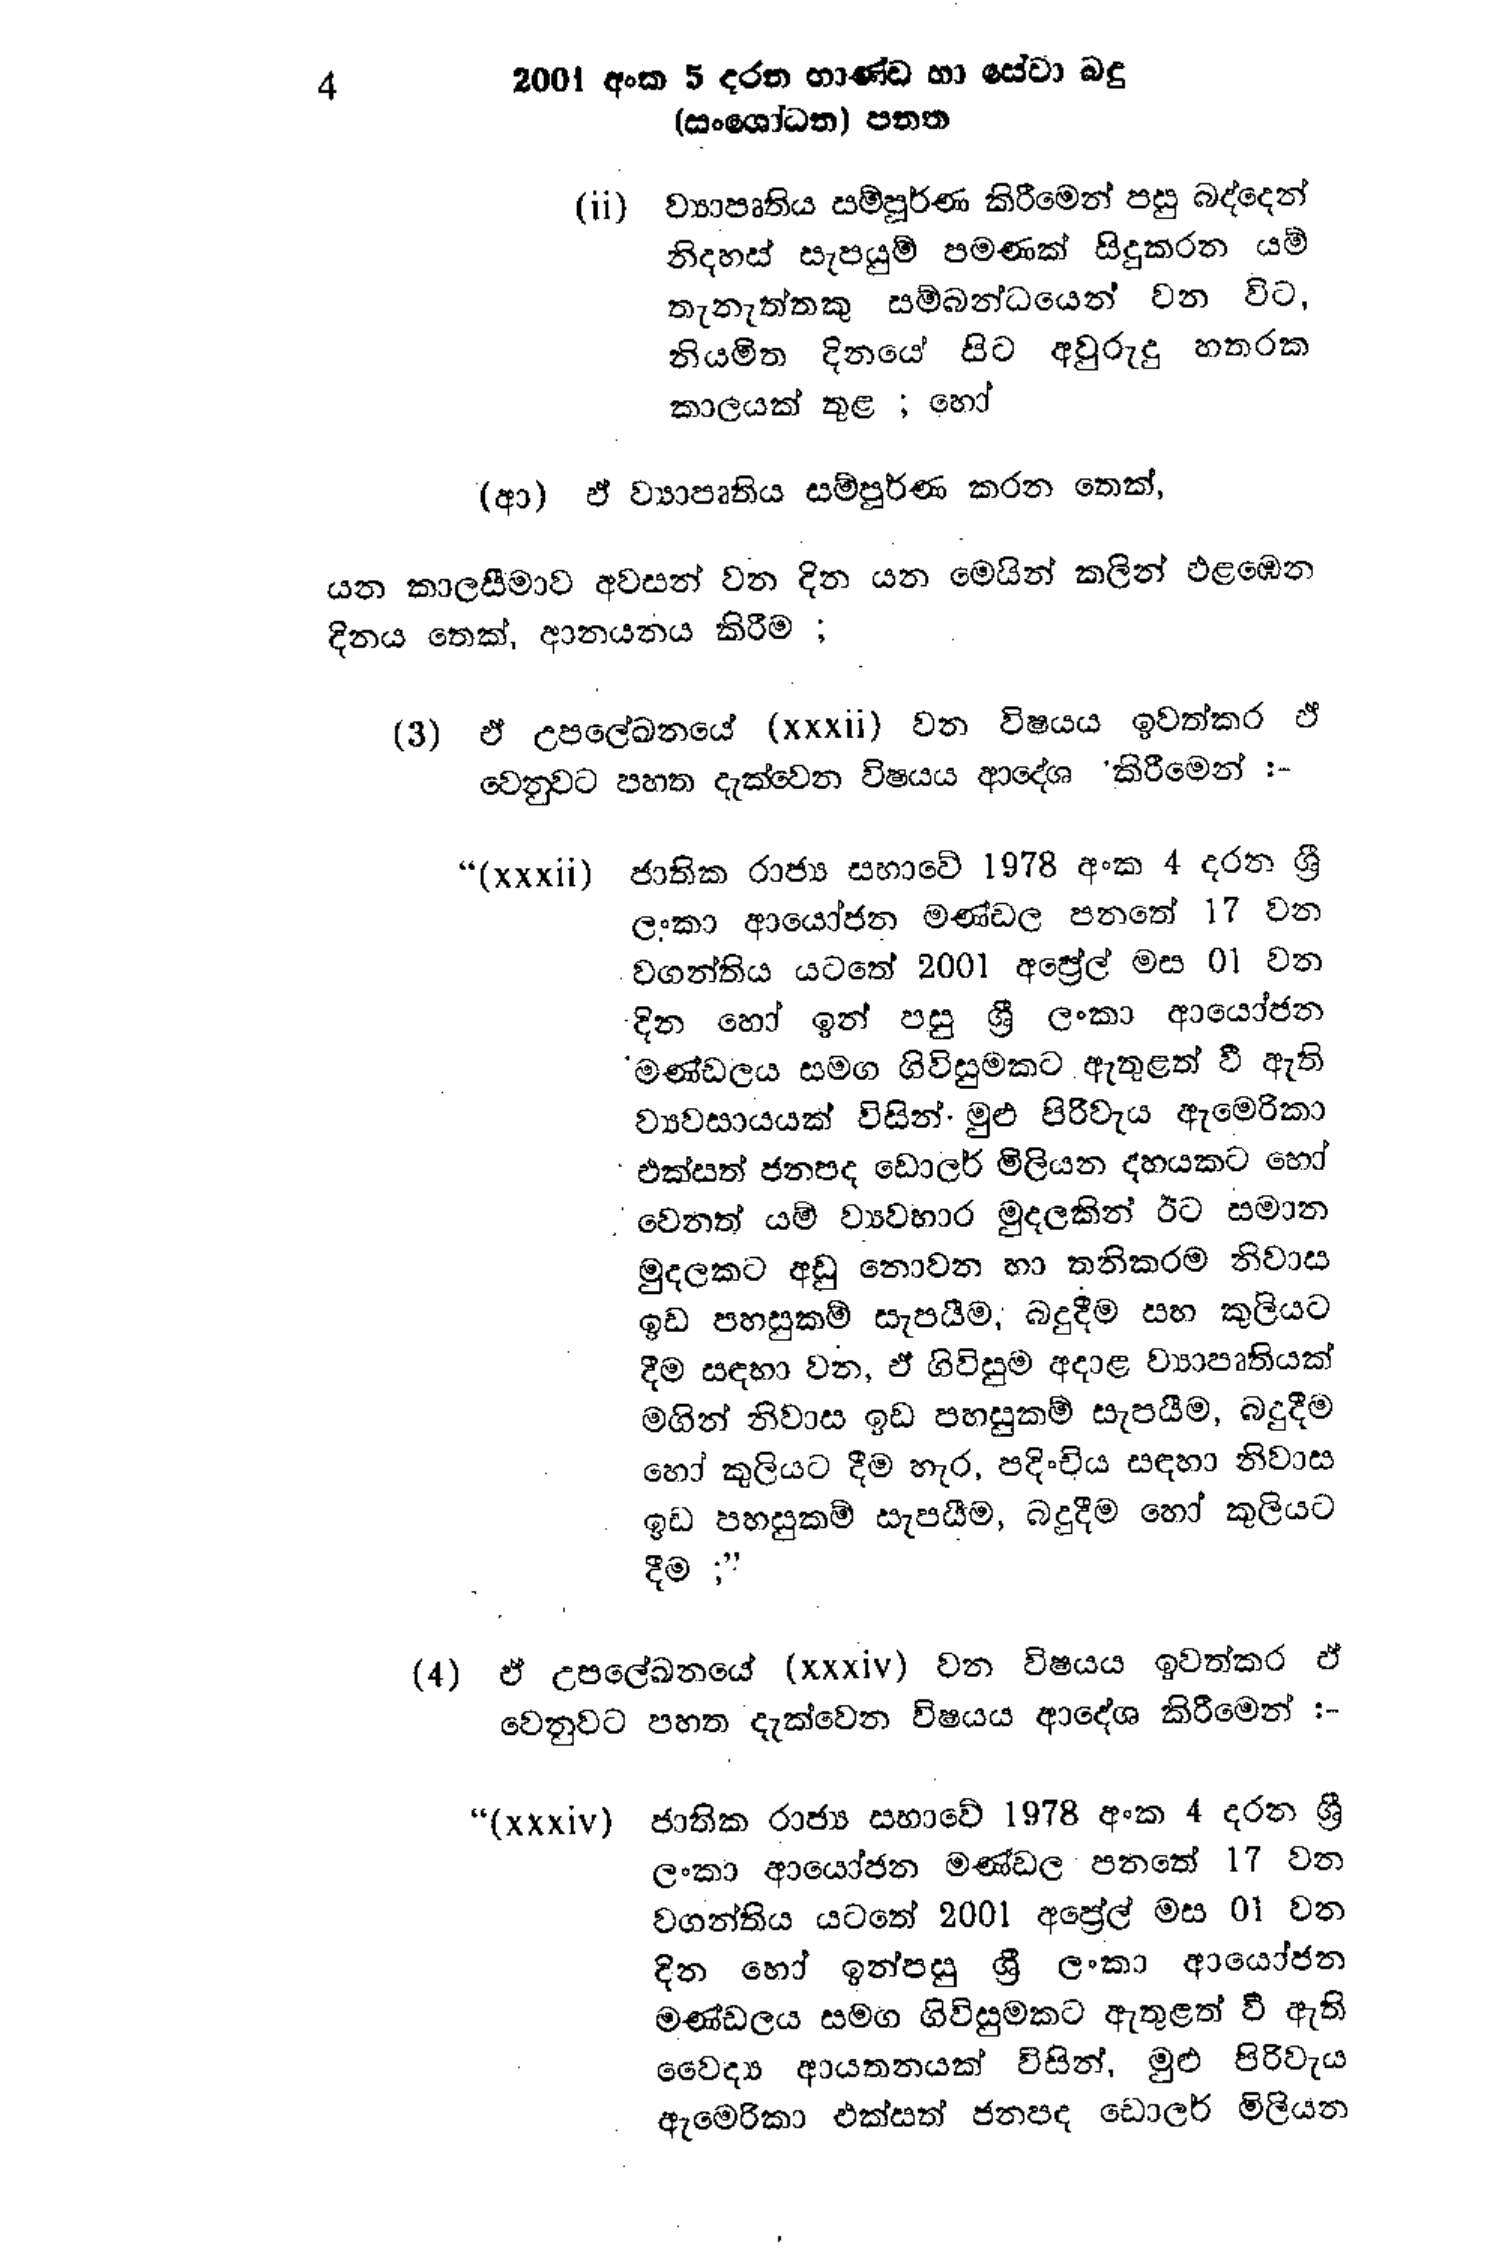
4 2001 අංක 5 දරන භාණ්ඩ හා සේවා බදු
(සංශෝධන) පනත

(ii) ව්‍යාපෘතිය සම්පුර්ණ කිරීමෙන් පසු බද්දෙන්
නිදහස් සැපයුම් පමණක් සිදුකරන යම්
තැනැත්තකු සම්බන්ධයෙන් වන විට,
නියමිත දිනයේ සිට අවුරුදු හතරක
කාලයක් තුළ ; හෝ

(ආ) ඒ ව්‍යාපෘතිය සම්පූර්ණ කරන තෙක්,

යන කාලසීමාව අවසන් වන දින යන මෙයින් කලින් එළඹෙන
දිනය තෙක්, ආනයනය කිරීම ;

(3) ඒ උපලේඛනයේ (xxxii) වන විෂයය ඉවත් කර ඒ
වෙනුවට පහත දැක්වෙන විෂයය ආදේශ කිරීමෙන් :-

“ (xxxii) ජාතික රාජ්‍ය සභාවේ 1978 අංක 4 දරන ශ්‍රී
ලංකා ආයෝජන මණ්ඩල පනතේ 17 වන
වගන්තිය යටතේ 2001 අප්‍රේල් මස 01 වන
දින හෝ ඉන් පසු ශ්‍රී ලංකා ආයෝජන
මණ්ඩලය සමග ගිවිසුමකට ඇතුළත් වී ඇති
ව්‍යවසායයක් විසින් මුළු පිරිවැය ඇමෙරිකා
· එක්සත් ජනපද ඩොලර් මිලියන දහයකට හෝ
වෙනත් යම් ව්‍යවහාර මුදලකින් ඊට සමාන
මුදලකට අඩු නොවන හා තනිකරම නිවාස
ඉඩ පහසුකම් සැපයීම, බදුදීම සහ කුලියට
දීම සඳහා වන, ඒ ගිවිසුම අදාළ ව්‍යාපෘතියක්
මගින් නිවාස ඉඩ පහසුකම් සැපයීම, බදුදීම
හෝ කුලියට දීම හැර, පදිංචිය සඳහා නිවාස
ඉඩ පහසුකම් සැපයීම, බදුදීම හෝ කුලියට
දීම ;"

(4) ඒ උපලේඛනයේ (xxxiv) වන විෂයය ඉවත්කර ඒ
වෙනුවට පහත දැක්වෙන විෂයය ආදේශ කිරීමෙන් :-

"(xxxiv) ජාතික රාජ්‍ය සභාවේ 1978 අංක 4 දරන ශ්‍රී
ලංකා ආයෝජන මණ්ඩල පනතේ 17 වන
වගන්තිය යටතේ 2001 අප්‍රේල් මස 01 වන
දින හෝ ඉන්පසු ශ්‍රී ලංකා ආයෝජන
මණ්ඩලය සමග ගිවිසුමකට ඇතුළත් වී ඇති
වෛද්‍ය ආයතනයක් විසින්, මුළු පිරිවැය
ඇමෙරිකා එක්සත් ජනපද ඩොලර් මිලියන